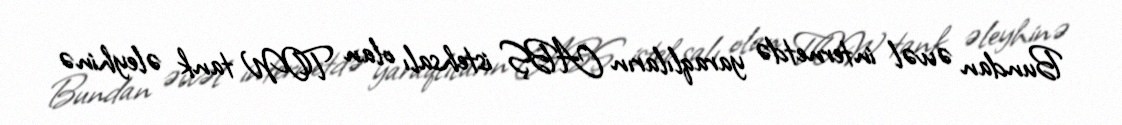
Bundan əvvəl internetdə yaraqlıların ABŞ istehsalı olan TOW tank əleyhinə